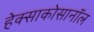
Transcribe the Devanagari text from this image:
हेक्साकोसानॉल